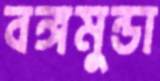
বঙ্গমুন্ডা